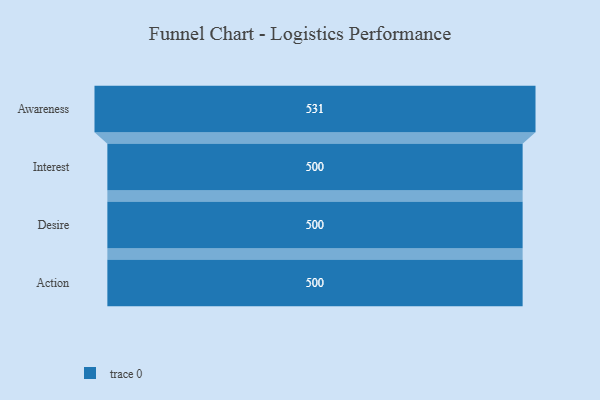
{"axis": {"x": "Stage", "y": "Value"}, "legend": [""], "data": [{"x": "Awareness", "y": 531.0, "type": ""}, {"x": "Interest", "y": 500, "type": ""}, {"x": "Desire", "y": 500, "type": ""}, {"x": "Action", "y": 500, "type": ""}]}